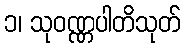
၁၊ သုဝဏ္ဏပါတိသုတ်